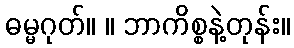
ဓမ္မဂုတ်။ ။ ဘာကိစ္စနဲ့တုန်း။